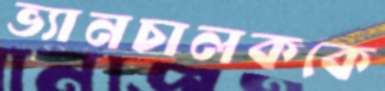
ভ্যানচালককে